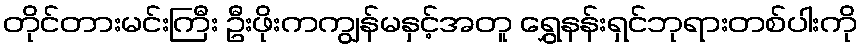
တိုင်တားမင်းကြီး ဦးဖိုးကကျွန်မနှင့်အတူ ရွှေနန်းရှင်ဘုရားတစ်ပါးကို